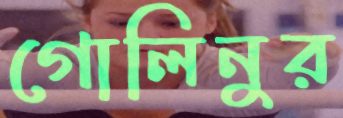
গোলিনুর